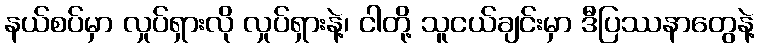
နယ်စပ်မှာ လှုပ်ရှားလို လှုပ်ရှားနဲ့၊ ငါတို့ သူငယ်ချင်းမှာ ဒီပြဿနာတွေနဲ့